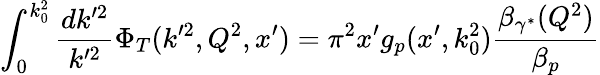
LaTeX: \int_{0}^{k_{0}^{2}}{\frac{dk^{\prime 2}}{k^{\prime 2}}}\Phi_{T}(k^{\prime 2},Q^{2},x^{\prime})=\pi^{2}x^{\prime}g_{p}(x^{\prime},k_{0}^{2}){\frac{\beta_{\gamma^{*}}(Q^{2})}{\beta_{p}}}